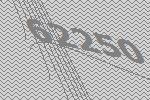
62250